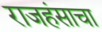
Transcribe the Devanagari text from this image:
राजहंसाचा